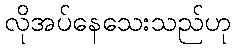
လိုအပ်နေသေးသည်ဟု